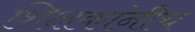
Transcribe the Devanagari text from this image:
शिक्षकांनीच